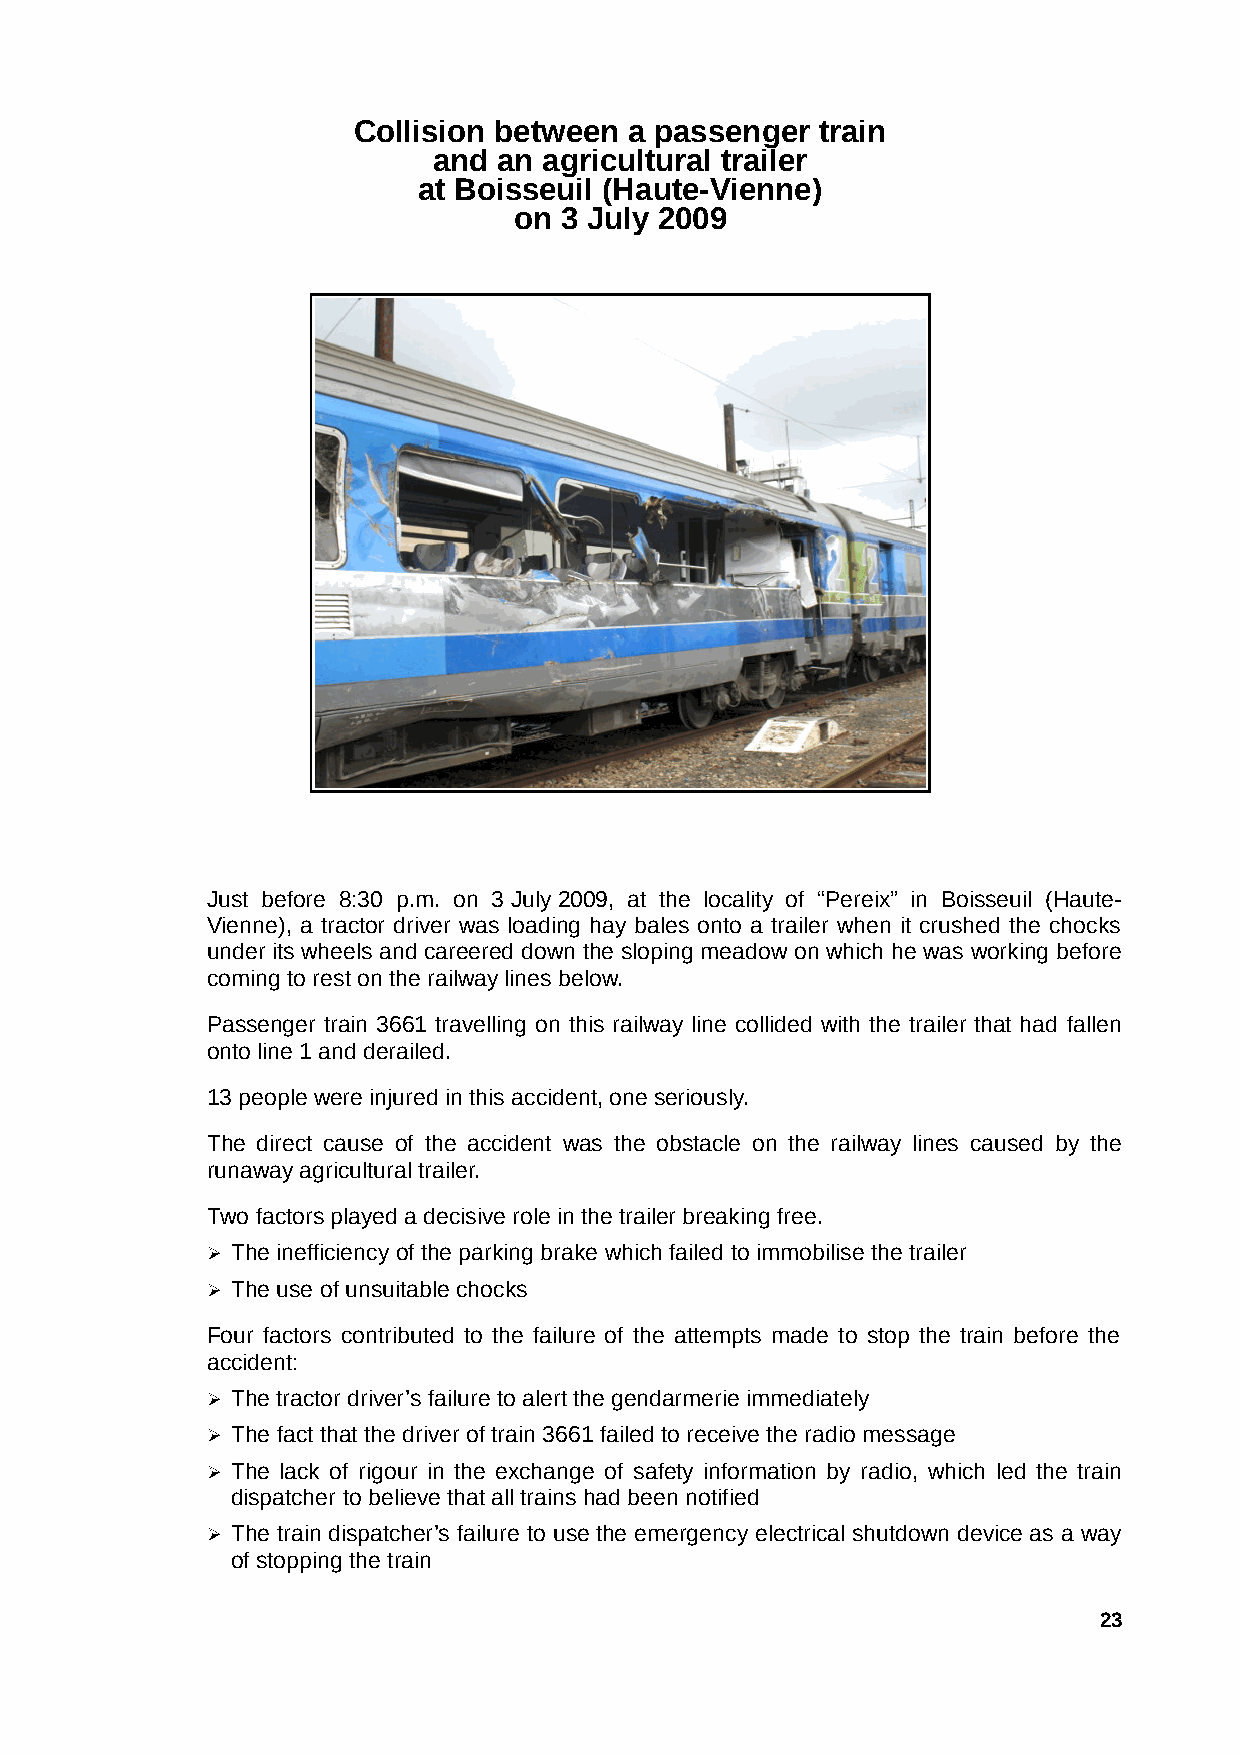
Collision between  a passenger train
 and an agricultural trailer
 at Boisseuil (Haute-Vienne)
 on 3 July 2009
 Just before 8:30 p.m. on 3 July 2009, at the locality of “Pereix” in Boisseuil (Haute-
 Vienne), a tractor driver was loading hay bales onto a trailer when it crushed the chocks
 under its wheels and careered down the sloping meadow on which he was working before
 coming to rest on the railway lines below.
 Passenger train 3661 travelling on this railway line collided with the trailer that had fallen
 onto line 1 and derailed.
 13 people were injured in this accident, one seriously.
 The direct cause of the accident was the obstacle on the railway lines caused by the
 runaway agricultural trailer.
 Two factors played a decisive role in the trailer breaking free.
 ➢ The inefficiency of the parking brake which failed to immobilise the trailer
 ➢ The use of unsuitable chocks
 Four factors contributed to the failure of the attempts made to stop the train before the
 accident:
 ➢ The tractor driver’s failure to alert the gendarmerie immediately
 ➢ The fact that the driver of train 3661 failed to receive the radio message
 ➢ The lack of rigour in the exchange of safety information by radio, which led the train
 dispatcher to believe that all trains had been notified
 ➢ The train dispatcher’s failure to use the emergency electrical shutdown device as a way
 of stopping the train
 23